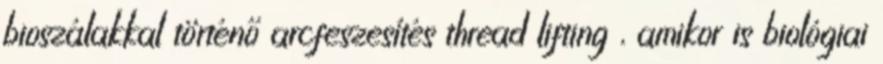
bioszálakkal történő arcfeszesítés thread lifting , amikor is biológiai